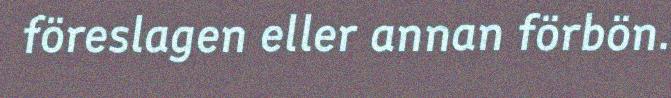
föreslagen eller annan förbön.